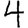
Digit: 4